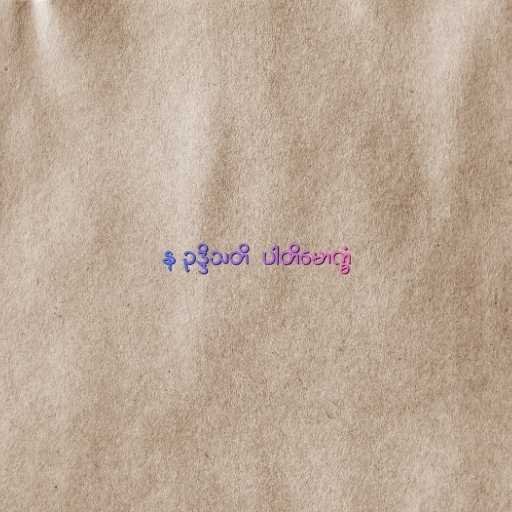
န ဥဒ္ဒိသတိ  ပါတိမောက္ခံ